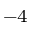
^ { - 4 }